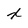
Character: x